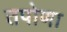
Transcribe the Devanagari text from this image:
तपोणा